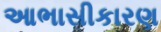
આભાસીકારણ